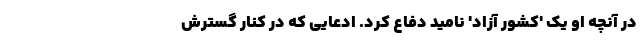
در آنچه او یک 'کشور آزاد' نامید دفاع کرد. ادعایی که در کنار گسترش